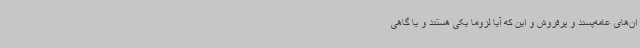
ان‌های عامه‌پسند و پرفروش و این ‌که آیا لزوما یکی هستند و یا گاهی